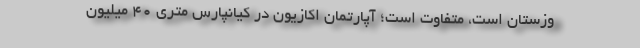
وزستان است، متفاوت است؛ آپارتمان اکازیون در کیانپارس متری ۴۰ میلیون